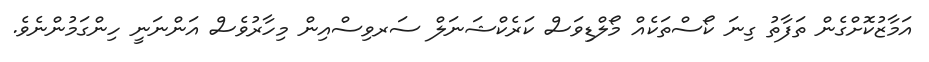
އަމާޒުކޮށްގެން ތަފާތު ގިނަ ކޯސްތަކެއް މޯލްޑިވަސް ކަރެކްޝަނަލް ސަރވިސްއިން މިހާރުވެސް އަންނަނީ ހިންގަމުންނެވެ.